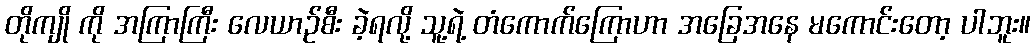
တိုကျို ကို အကြာကြီး လေယာဉ်စီး ခဲ့ရလို့ သူ့ရဲ့ တံကောက်ကြောဟာ အခြေအနေ မကောင်းတော့ ပါဘူး။